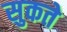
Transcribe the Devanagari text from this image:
सुकते